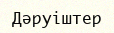
Дәруіштер